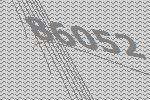
86052